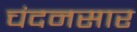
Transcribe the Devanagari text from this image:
चंदनसार